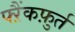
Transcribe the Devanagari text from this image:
फ्ऱैंकफ़ुर्त